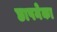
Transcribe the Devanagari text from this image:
छापनेका